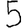
Digit: 5